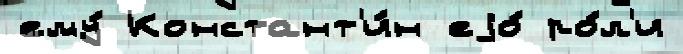
ему́ Констант'и́н еjо́ ро́л'и